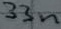
Text: 33n